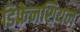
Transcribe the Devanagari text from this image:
डिफ्रेनशियल